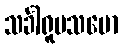
သင်္ခါရူပသမော